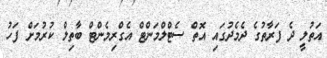
އަތުލީ ދެ ފަރާތުގެ ދެމެދުގައި އޮތް ސެޓްލްމަންޓް އެގްރިމެންޓް ބާތިލް ކުރުމަށް ފަހު